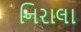
નિરાલા